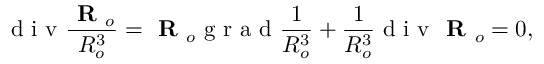
\textrm { d i v } \frac { \textbf { R } _ { o } } { R _ { o } ^ { 3 } } = \textbf { R } _ { o } \textrm { g r a d } \frac { 1 } { R _ { o } ^ { 3 } } + \frac { 1 } { R _ { o } ^ { 3 } } \textrm { d i v } \textbf { R } _ { o } = 0 ,